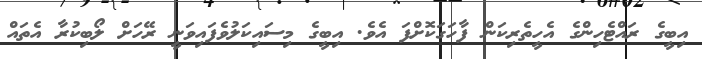
އިބީގެ ރައްޓެހިންގެ އެހީތެރިކަން ފާހަގަކޮށްފަ އެވެ. އިބީގެ މިސައިކަލުވެފައިވަނީ ރޭހަށް ލޯބިކުރާ އެތައް